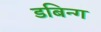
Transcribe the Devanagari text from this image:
डबिन्ग